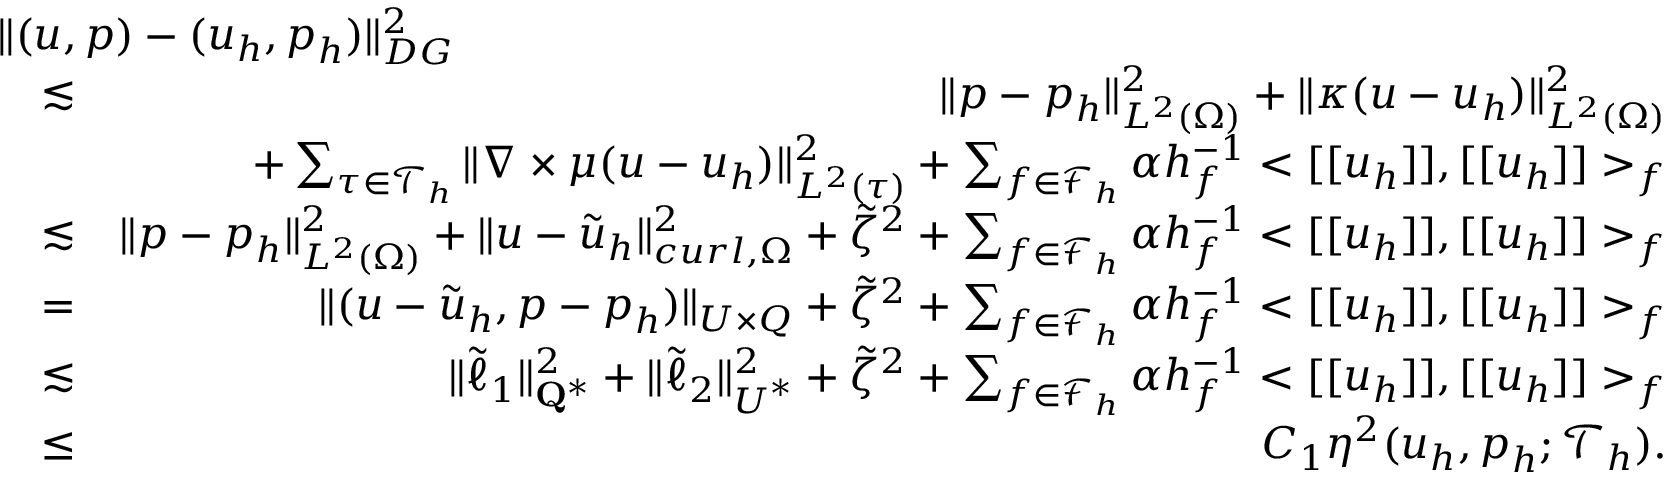
\begin{array} { r l r } { \lefteqn { \| ( \boldsymbol { u } , \boldsymbol { p } ) - ( \boldsymbol { u } _ { h } , \boldsymbol { p } _ { h } ) \| _ { D G } ^ { 2 } } } \\ & { \lesssim } & { \| \boldsymbol { p } - \boldsymbol { p } _ { h } \| _ { L ^ { 2 } ( \Omega ) } ^ { 2 } + \| \kappa ( \boldsymbol { u } - \boldsymbol { u } _ { h } ) \| _ { L ^ { 2 } ( \Omega ) } ^ { 2 } } \\ & { } & { + \sum _ { \tau \in \mathcal { T } _ { h } } \| \nabla \times \mu ( { \boldsymbol { u } } - \boldsymbol { u } _ { h } ) \| _ { L ^ { 2 } ( \tau ) } ^ { 2 } + \sum _ { f \in \mathcal { F } _ { h } } \alpha h _ { f } ^ { - 1 } < [ [ \boldsymbol { u } _ { h } ] ] , [ [ \boldsymbol { u } _ { h } ] ] > _ { f } } \\ & { \lesssim } & { \| \boldsymbol { p } - \boldsymbol { p } _ { h } \| _ { L ^ { 2 } ( \Omega ) } ^ { 2 } + \| \boldsymbol { u } - \tilde { \boldsymbol { u } } _ { h } \| _ { \boldsymbol { c u r l } , \Omega } ^ { 2 } + \tilde { \zeta } ^ { 2 } + \sum _ { f \in \mathcal { F } _ { h } } \alpha h _ { f } ^ { - 1 } < [ [ \boldsymbol { u } _ { h } ] ] , [ [ \boldsymbol { u } _ { h } ] ] > _ { f } } \\ & { = } & { \| ( \boldsymbol { u } - \tilde { \boldsymbol { u } } _ { h } , \boldsymbol { p } - \boldsymbol { p } _ { h } ) \| _ { \boldsymbol { U } \times \boldsymbol { Q } } + \tilde { \zeta } ^ { 2 } + \sum _ { f \in \mathcal { F } _ { h } } \alpha h _ { f } ^ { - 1 } < [ [ \boldsymbol { u } _ { h } ] ] , [ [ \boldsymbol { u } _ { h } ] ] > _ { f } } \\ & { \lesssim } & { \| \tilde { \ell } _ { 1 } \| _ { \mathbf { Q } ^ { * } } ^ { 2 } + \| \tilde { \ell } _ { 2 } \| _ { \boldsymbol { U } ^ { * } } ^ { 2 } + \tilde { \zeta } ^ { 2 } + \sum _ { f \in \mathcal { F } _ { h } } \alpha h _ { f } ^ { - 1 } < [ [ \boldsymbol { u } _ { h } ] ] , [ [ \boldsymbol { u } _ { h } ] ] > _ { f } } \\ & { \leq } & { C _ { 1 } \eta ^ { 2 } ( \boldsymbol { u } _ { h } , \boldsymbol { p } _ { h } ; \mathcal { T } _ { h } ) . } \end{array}